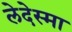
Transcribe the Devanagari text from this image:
लेदेस्मा